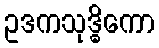
ဥဒကသုဒ္ဓိကော